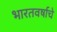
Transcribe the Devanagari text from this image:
भारतवर्षाचे